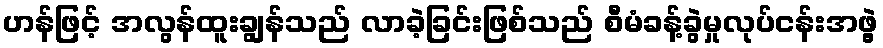
ဟန်ဖြင့် အလွန်ထူးချွန်သည် လာခဲ့ခြင်းဖြစ်သည် စီမံခန့်ခွဲမှုလုပ်ငန်းအဖွဲ့